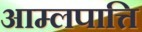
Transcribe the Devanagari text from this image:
आम्लपात्ति